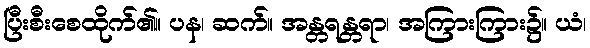
ပြီးစီးစေထိုက်၏။ ပန၊ ဆက်။ အန္တရန္တရာ၊ အကြားကြား၌။ ယံ၊